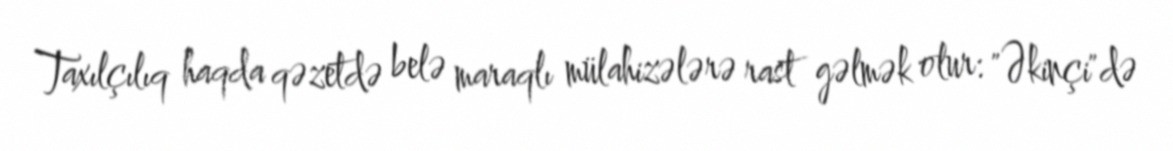
Taxılçılıq haqda qəzetdə belə maraqlı mülahizələrə rast gəlmək olur: "Əkinçi"də